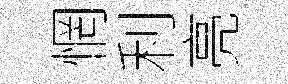
惘利亮